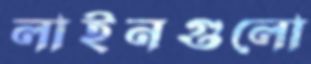
লাইনগুলো